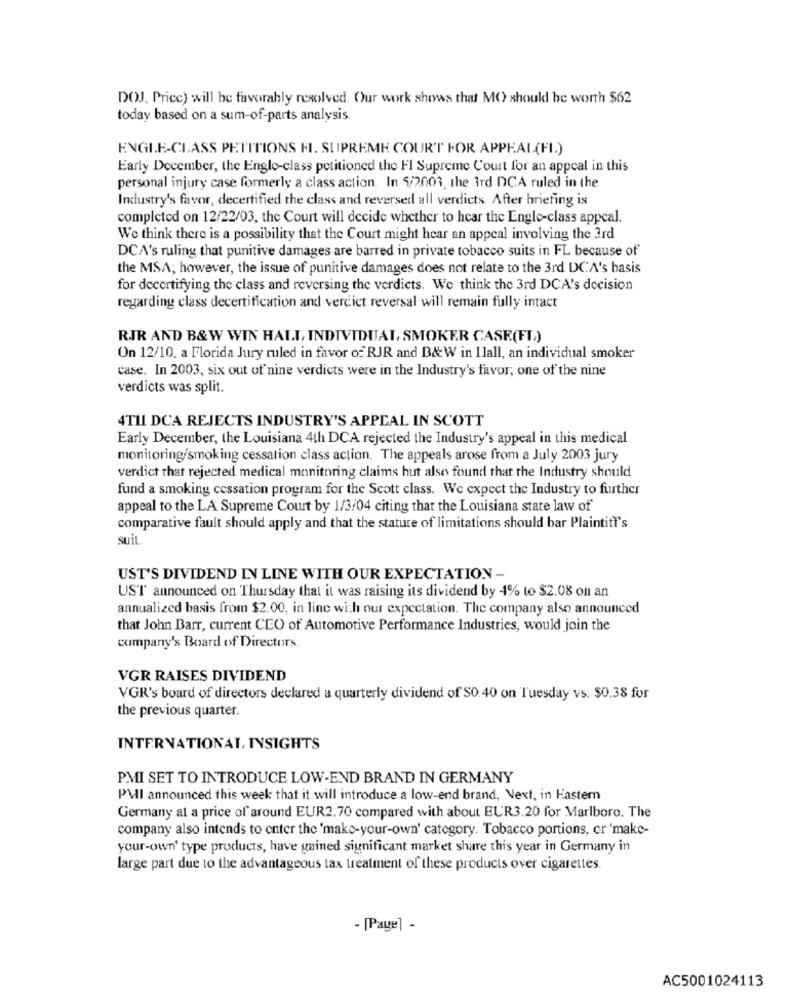
DOJ. Pricc) will be favorably resolved. Our work shows that MO should be worth $62
today based on a sum-of-parts analysis.
ENGLE-CLASS PETITIONS FI. SUPREME COURT FOR APPEAL(FI.)
Early December, the Englo-class petitioned the Fl Supreme Court for an appeal in this
personal injury case formerly a class action. In 5/2003, the 3rd DCA ruled in the
Industry's favor, decertified the class and reversed all verdicts. After briefing is
completed on 12/22/03, the Court will decide whether to hear the Engle-class appeal.
We think there is a possibility that the Court might hear an appeal involving the 3rd
DCA's ruling that punitive damages are barred in private tobacco suits in FL because of
the MSA; however, the issue of punitive damages does not relate to the 3rd DCA's basis
for decertifying the class and reversing the verdicts. We think the 3rd DCA's decision
regarding class decertification and verdict reversal will remain fully intact
RJR AND B&W WIN HALL INDIVIDUAL, SMOKER CASE(FL.)
On 12/10, a Florida Jury ruled in favor of RJR and B&W in Ilall, an individual smoker
case. In 2003, six out of nine verdicts were in the Industry's favor, one of the nine
verdicts was split.
4TIL DCA REJECTS INDUSTRY'S APPEAL IN SCOTT
Early December, the Louisiana 4th DCA rejected the Industry's appeal in this medical
monitoring/smoking cessation class action. The appeals arose from a July 2003 jury
verdict that rejected medical monitoring claims hut also found that the Industry should
fund a smoking cessation program for the Scott class. We expect the Industry to further
appeal to the LA Supreme Court by 1/3/04 citing that the Louisiana state law of
comparative fault should apply and that the statute of limitations should bar Plaintit's
suit
UST'S DIVIDEND IN LINE WITH OUR EXPECTATION -
UST announced on Thursday that it was raising its dividend by 4% to $2.08 on an
annualized basis from $2.00, in line with our expectation. The company also announced
that John Barr, current CEO of Automotive Performance Industries, would join the
company's Board of Directors.
VGR RAISES DIVIDEND
VGR's board of directors declared a quarterly dividend of SO.40 on Tuesday vs. $0.38 for
the previous quarter.
INTERNATIONAL, INSIGHTS
P.MI SET TO INTRODUCE LOW-END BRAND IN GERMANY
PMI announced this week that it will introduce a low-end brand, Next, in Eastern
Germany at a price of around EUR2.70 compared with about EUR3.20 for Marlboro. The
company also intends to enter the 'make-your-own' category. Tobacco portions, cr 'make-
your-own' type products, have gained significant market share this year in Germany in
large part due to the advantageous tax treatment of these products over cigarettes.
- [Page] -
AC5001024113